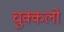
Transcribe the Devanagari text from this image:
चुक्कलो